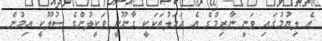
އެ ލިޔުމުގައި ވަނީ ނާޒިމްގެ އެ އަމަލުތަކަކީ ގާނޫނީ ވަކީލުންގެ ސުލޫކީ އިމުން